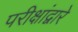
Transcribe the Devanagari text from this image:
परीक्षांद्वारे